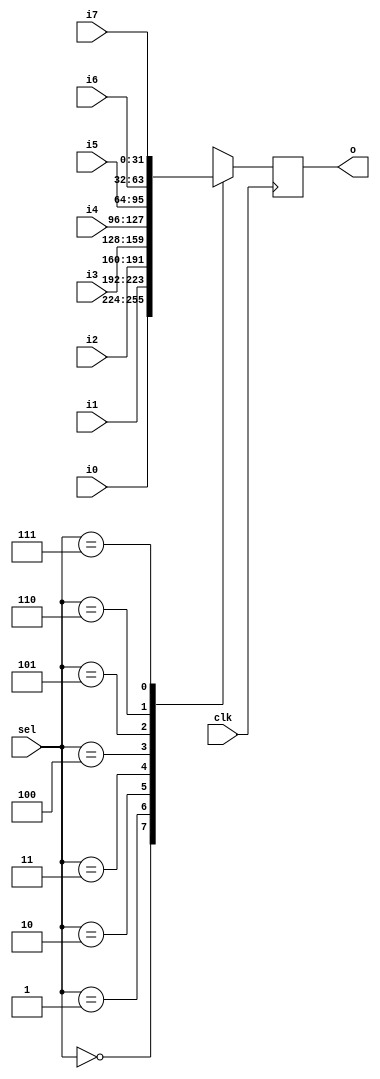
`timescale 1ns / 1ps
//////////////////////////////////////////////////////////////////////////////////
// Company: 
// Engineer: 
// 
// Design Name: 
// Module Name: prio_mux8
// Project Name: 
// Target Devices: 
// Tool Versions: 
// Description: 
// 
// Dependencies: 
// 
// Revision:
// Revision 0.01 - File Created
// Additional Comments:
// 
//////////////////////////////////////////////////////////////////////////////////


module prio_mux8
 #(
  parameter WIDTH = 32
)
(
   input clk,
   input [2:0] sel,
   input [WIDTH-1:0] i0,
   input [WIDTH-1:0] i1,
   input [WIDTH-1:0] i2,
   input [WIDTH-1:0] i3,
   input [WIDTH-1:0] i4,
   input [WIDTH-1:0] i5,
   input [WIDTH-1:0] i6,
   input [WIDTH-1:0] i7,
   
   output reg [WIDTH-1:0] o
   );
   
   always @(posedge clk) begin
     case(sel)
       3'b000: o <= i0;
       3'b001: o <= i1;
       3'b010: o <= i2;
       3'b011: o <= i3;
       3'b100: o <= i4;
       3'b101: o <= i5;
       3'b110: o <= i6;
       3'b111: o <= i7;
       default: o <= 32'hxxxxxx;
     endcase
   end

endmodule